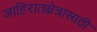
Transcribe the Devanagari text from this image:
जाहिरातक्षेत्रासाठी